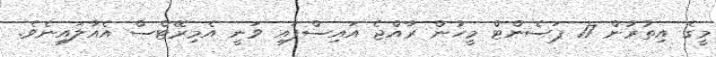
މީގެ އިތުރުން 17 ޕަސެންޓް މީހުން ރާއްޖެ އައިސްފައި ވަނީ އެމިރޭޓްސް އެއާލައިނެވެ.